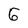
Character: 6